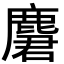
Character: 麏